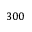
3 0 0